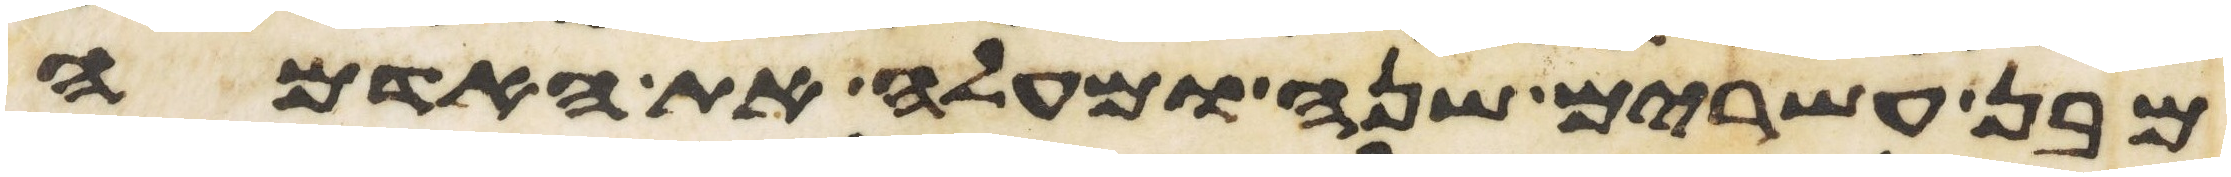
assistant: מבן עשרים שנה ומעלה את האדמה